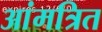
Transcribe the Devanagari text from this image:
आंमत्रित